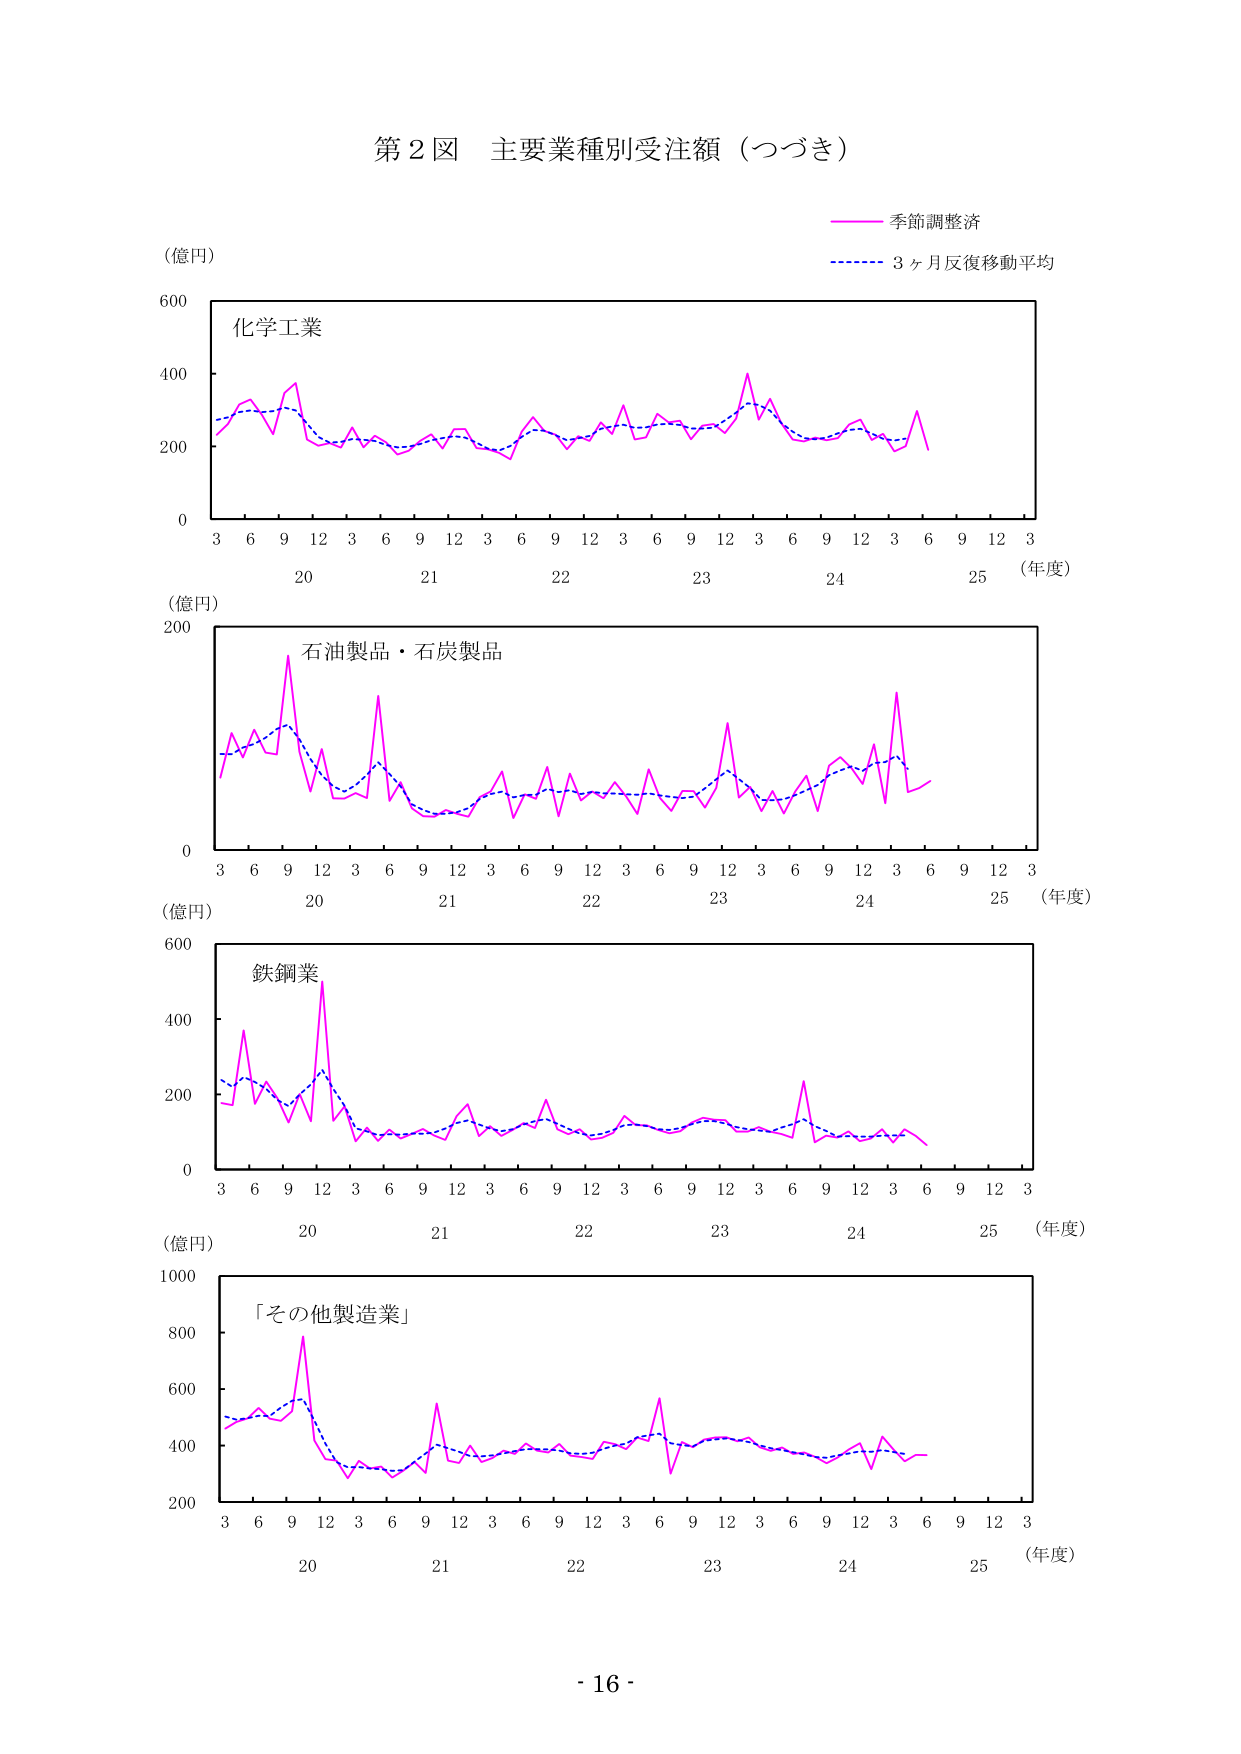
第２図 主要業種別受注額（つづき）

（億円）

化学工業

季節調整済
3ヶ月反復移動平均

（年度）
3 6 9 12 3 6 9 12 3 6 9 12 3 6 9 12 3 6 9 12 3
20 21 22 23 24 25

（億円）

石油製品・石炭製品

（年度）
3 6 9 12 3 6 9 12 3 6 9 12 3 6 9 12 3 6 9 12 3
20 21 22 23 24 25

（億円）

鉄鋼業

（年度）
3 6 9 12 3 6 9 12 3 6 9 12 3 6 9 12 3 6 9 12 3
20 21 22 23 24 25

（億円）

「その他製造業」

（年度）
3 6 9 12 3 6 9 12 3 6 9 12 3 6 9 12 3 6 9 12 3
20 21 22 23 24 25

- 16 -